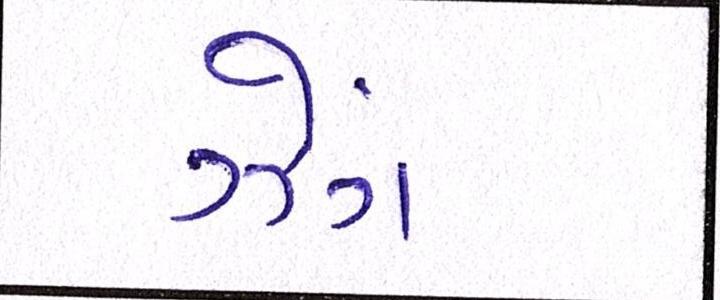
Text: ઝેંગ